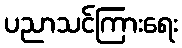
ပညာသင်ကြားရေး